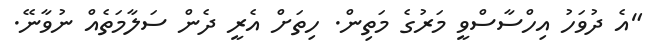
"އެ ދުވަހު އިހްސާސްވީ މަރުގެ މަތިން. ހިތަށް އެރީ ދެން ސަލާމަތެއް ނުވާނޭ.